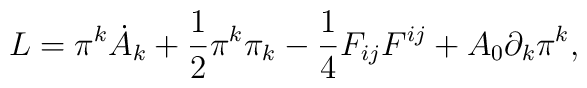
L = \pi^k \dot{A}_k + \frac{1}{2} \pi^k \pi_k - \frac{1}{4} F_{ij} F^{ij} + A_0 \partial_k \pi^k,